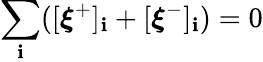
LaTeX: \sum_{\mathbf{i}}([\boldsymbol{\xi}^{+}]_{\mathbf{i}}+[\boldsymbol{\xi}^{-}]_{\mathbf{i}})=0